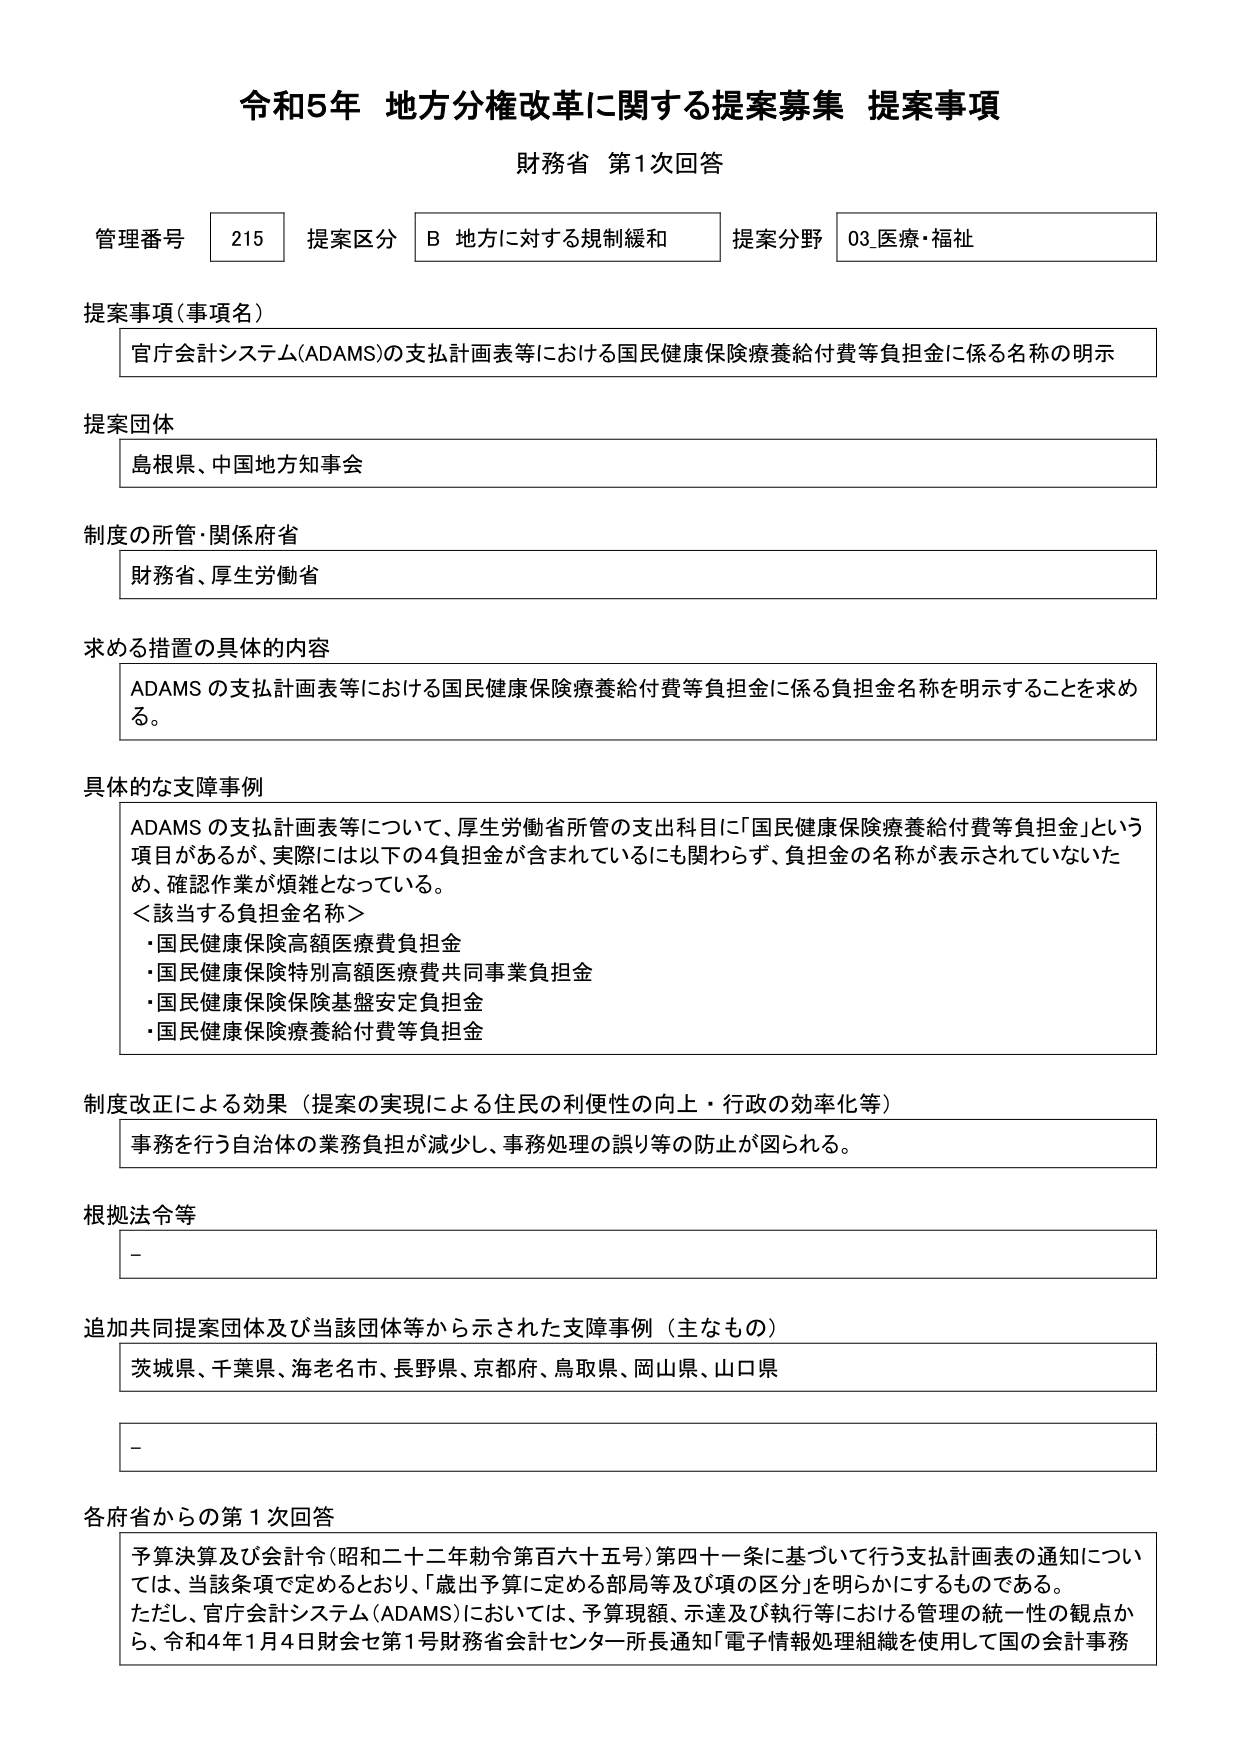
令和5年 地方分権改革に関する提案募集 提案事項
財務省 第1次回答

管理番号 215 提案区分 B 地方に対する規制緩和 提案分野 03.医療・福祉

提案事項（事項名）
官庁会計システム(ADAMS)の支払計画表等における国民健康保険療養給付費等負担金に係る名称の明示

提案団体
島根県、中国地方知事会

制度の所管・関係府省
財務省、厚生労働省

求める措置の具体的内容
ADAMS の支払計画表等における国民健康保険療養給付費等負担金に係る負担金名称を明示することを求める。

具体的な支障事例
ADAMS の支払計画表等について、厚生労働省所管の支出科目に「国民健康保険療養給付費等負担金」という項目があるが、実際には以下の4負担金が含まれているにも関わらず、負担金の名称が表示されていないため、確認作業が煩雑となっている。
＜該当する負担金名称＞
・国民健康保険高額医療費負担金
・国民健康保険特別高額医療費共同事業負担金
・国民健康保険保険基盤安定負担金
・国民健康保険療養給付費等負担金

制度改正による効果（提案の実現による住民の利便性の向上・行政の効率化等）
事務を行う自治体の業務負担が減少し、事務処理の誤り等の防止が図られる。

根拠法令等
-

追加共同提案団体及び当該団体等から示された支障事例（主なもの）
茨城県、千葉県、海老名市、長野県、京都府、鳥取県、岡山県、山口県

-

各府省からの第1次回答
予算決算及び会計令（昭和二十二年勅令第百六十五号）第四十一条に基づいて行う支払計画表の通知については、当該条項で定めるとおり、「歳出予算に定める部局等及び項の区分」を明らかにするものである。
ただし、官庁会計システム（ADAMS）においては、予算現額、示達及び執行等における管理の統一性の観点から、令和4年1月4日財会セ第1号財務省会計センター所長通知「電子情報処理組織を使用して国の会計事務